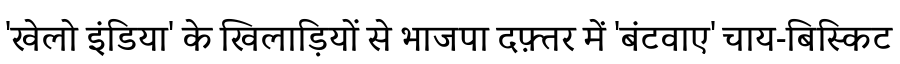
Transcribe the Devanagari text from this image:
'खेलो इंडिया' के खिलाड़ियों से भाजपा दफ़्तर में 'बंटवाए' चाय-बिस्किट